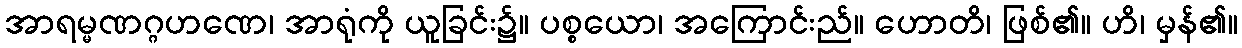
အာရမ္မဏဂ္ဂဟဏေ၊ အာရုံကို ယူခြင်း၌။ ပစ္စယော၊ အကြောင်းည်။ ဟောတိ၊ ဖြစ်၏။ ဟိ၊ မှန်၏။